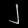
Digit: ၂